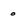
Character: o